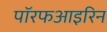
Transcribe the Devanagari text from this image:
पॉरफआइरिन